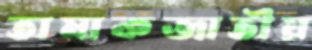
তামাকজাতীয়